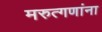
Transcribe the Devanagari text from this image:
मरुत्गणांना